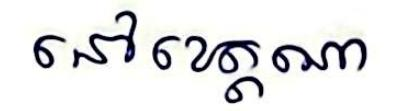
នៅខេត្តណា